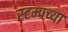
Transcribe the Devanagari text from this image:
स्टम्पच्या